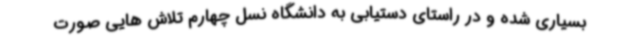
بسیاری شده و در راستای دستیابی به دانشگاه نسل چهارم تلاش هایی صورت